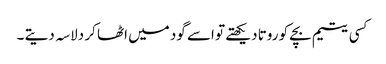
کسی یتیم بچے کو روتا دیکھتے تو اسے گود میں اٹھا کر دلاسہ دیتے ۔